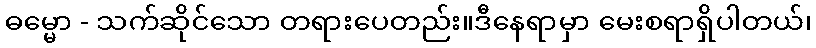
ဓမ္မော - သက်ဆိုင်သော တရားပေတည်း။ဒီနေရာမှာ မေးစရာရှိပါတယ်၊